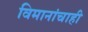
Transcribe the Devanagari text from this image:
विमानांचाही